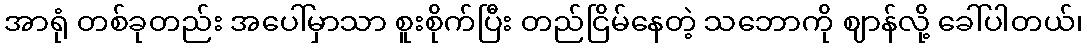
အာရုံ တစ်ခုတည်း အပေါ်မှာသာ စူးစိုက်ပြီး တည်ငြိမ်နေတဲ့ သဘောကို ဈာန်လို့ ခေါ်ပါတယ်၊